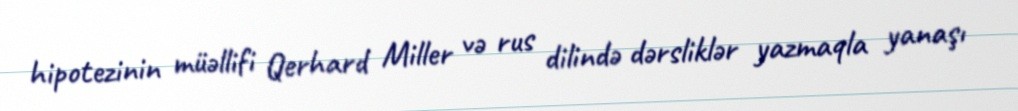
hipotezinin müəllifi Qerhard Miller və rus dilində dərsliklər yazmaqla yanaşı